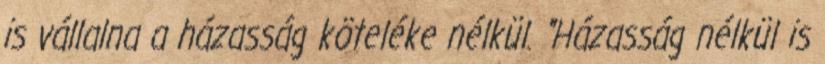
is vállalna a házasság köteléke nélkül. "Házasság nélkül is